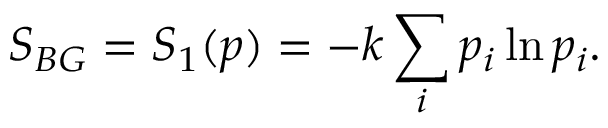
S _ { B G } = S _ { 1 } ( p ) = - k \sum _ { i } p _ { i } \ln p _ { i } .